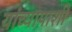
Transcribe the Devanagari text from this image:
यांच्यापाशी